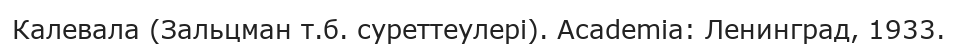
Калевала (Зальцман т.б. суреттеулері). Academia: Ленинград, 1933.